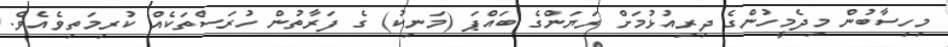
މިހިސާބުން މިދެމީހުންގެ ދިރިއުޅުމަށް ރަޔަންގެ ބައްޕަ (މަނިކު) ގެ ފަރާތުން ހުރަސްތަކެއް ކުރިމަތިވެއެވެ.